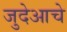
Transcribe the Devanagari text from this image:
जुदेआचे